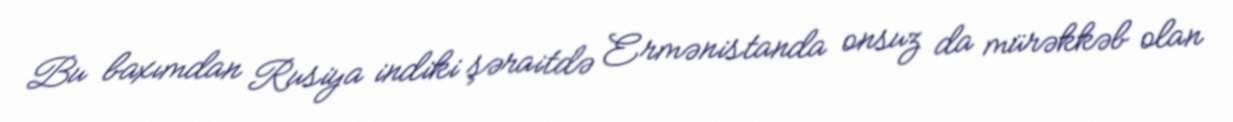
Bu baxımdan Rusiya indiki şəraitdə Ermənistanda onsuz da mürəkkəb olan